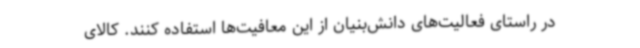
در راستای فعالیت‌های دانش‌بنیان از این معافیت‌ها استفاده کنند. کالای